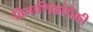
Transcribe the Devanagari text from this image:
विनाशिकांपैकी